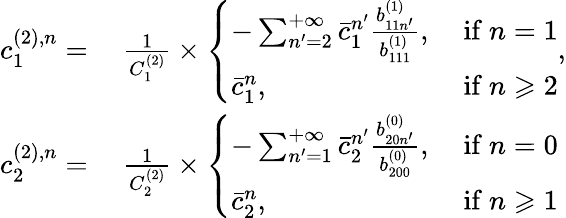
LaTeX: \begin{array}{rl}{c_{1}^{(2),n}=}&{\ \frac{1}{C_{1}^{(2)}}\times\left\{ \begin{array}{ll}{-\sum_{n^{\prime}=2}^{+\infty}\bar{c}_{1}^{n^{\prime}}\frac{b_{11n^{\prime}}^{(1)}}{b_{111}^{(1)}},}&{\mathrm{~if~}n=1}\\ {\bar{c}_{1}^{n},}&{\mathrm{~if~}n\geqslant 2}\end{array}\right.,}\\ {c_{2}^{(2),n}=}&{\ \frac{1}{C_{2}^{(2)}}\times\left\{ \begin{array}{ll}{-\sum_{n^{\prime}=1}^{+\infty}\bar{c}_{2}^{n^{\prime}}\frac{b_{20n^{\prime}}^{(0)}}{b_{200}^{(0)}},}&{\mathrm{~if~}n=0}\\ {\bar{c}_{2}^{n},}&{\mathrm{~if~}n\geqslant 1}\end{array}\right.}\end{array}